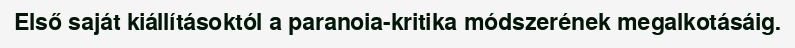
Első saját kiállításoktól a paranoia-kritika módszerének megalkotásáig.